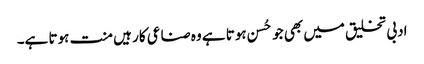
ادبی تخلیق میں بھی جو حُسن ہوتا ہے وہ صناعی کار ہیں منت ہوتا ہے۔